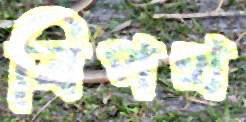
বিপথ